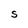
Character: S